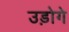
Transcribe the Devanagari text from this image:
उड़ोगे